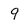
Character: 9